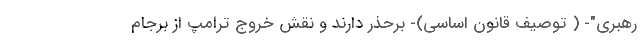
رهبری"- ( توصیف قانون اساسی)- برحذر دارند و نقش خروج ترامپ از برجام